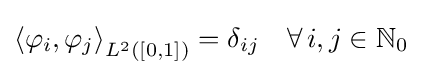
\left\langle \varphi _{i},\varphi _{j}\right\rangle _{L^{2}([0,1])}=\delta _{ij}\quad \forall \,i,j\in \mathbb {N} _{0}